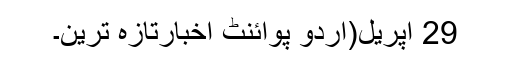
29 اپریل(اُردو پوائنٹ اخبارتازہ ترین۔